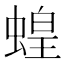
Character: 蝗